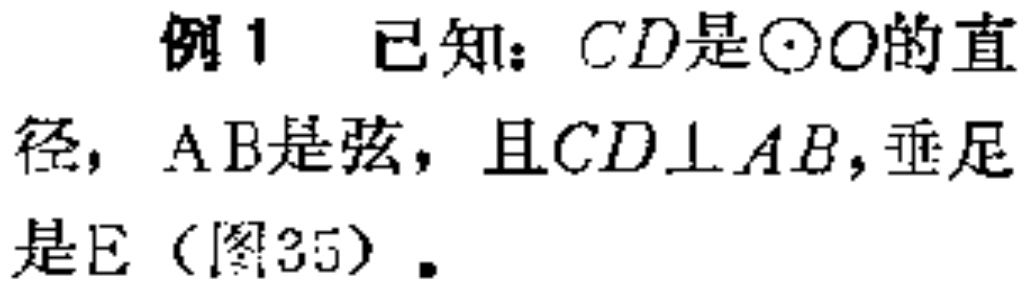
例1 已知：$CD$是$\odot O$的直径，$AB$是弦，且$CD\perp AB$，垂足是$E$（图35）.